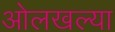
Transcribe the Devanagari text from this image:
ओलखल्या